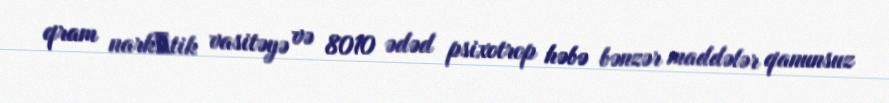
qram narkоtik vasitəyə və 8010 ədəd psixotrop həbə bənzər maddələr qanunsuz